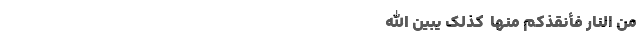
مِنَ النَّارِ فَأَنْقَذَکُمْ مِنْهَا  کَذَلِکَ یُبَیِّنُ اللَّهُ